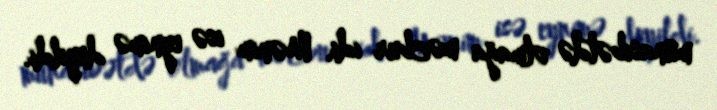
münasibətdə olmağa məcbur idi. Mənim isə eynimə deyildi.